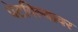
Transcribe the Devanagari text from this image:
पेटविल्यावर